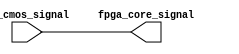
module io_block_lvcmos (
  input wire lv_cmos_signal,
  output wire fpga_core_signal
);

assign fpga_core_signal = lv_cmos_signal;

endmodule